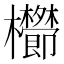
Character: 𣡑